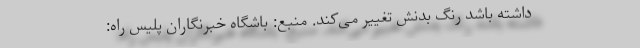
داشته باشد رنگ بدنش تغییر می‌کند. منبع: باشگاه خبرنگاران پلیس راه: